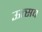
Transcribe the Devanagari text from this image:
ऊत्सव